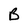
Character: B